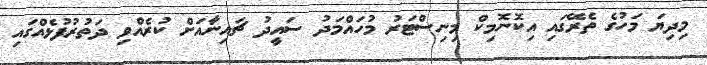
މިދިޔަ މަހުގެ ތެރޭގައި އިކޮނޮމިކް މިނިސްޓަރު މުހައްމަދު ސައީދު ޗައިނާއަށް ކުރެއްވި ދަތުރުފުޅެއްގައި